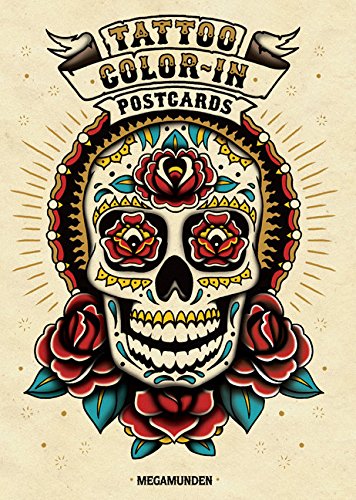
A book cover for Tattoo Color-In Postcards; MEGAMUNDEN; Arts & Photography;